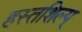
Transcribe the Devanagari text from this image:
हस्तशिल्प्